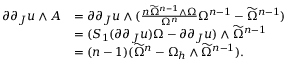
\begin{array} { r l } { \partial \partial _ { J } u \wedge A } & { = \partial \partial _ { J } u \wedge ( \frac { n \widetilde { \Omega } ^ { n - 1 } \wedge \Omega } { \Omega ^ { n } } \Omega ^ { n - 1 } - \widetilde { \Omega } ^ { n - 1 } ) } \\ & { = ( S _ { 1 } ( \partial \partial _ { J } u ) \Omega - \partial \partial _ { J } u ) \wedge \widetilde { \Omega } ^ { n - 1 } } \\ & { = ( n - 1 ) ( \widetilde { \Omega } ^ { n } - \Omega _ { h } \wedge \widetilde { \Omega } ^ { n - 1 } ) . } \end{array}